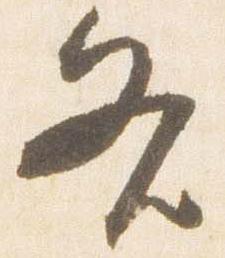
各